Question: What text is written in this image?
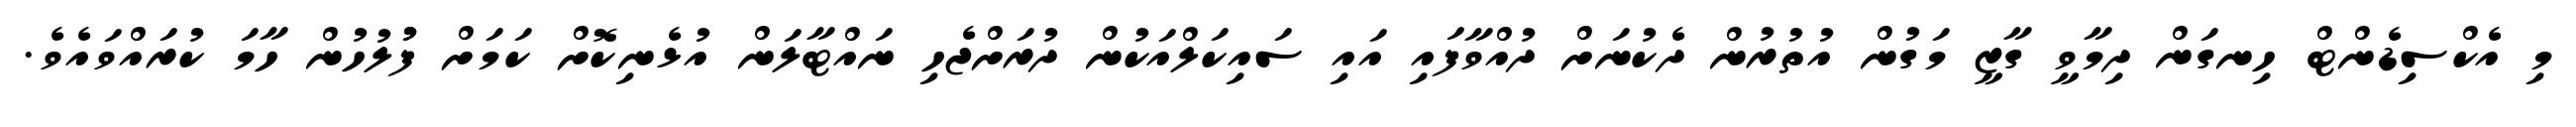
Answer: މި އެކްސިޑެންޓް ހިނގަން ދިމާވީ ގާޒީ މަގުން އުތުރުން ދެކުނަށް ދުއްވާފައި އައި ސައިކަލްއަކުން ދުރަށްޖެހި ނައްޓާލަން އުޅެނިކޮށް ކަމަށް ފުުލުހުން ހާމަ ކުރައްވައެވެ.